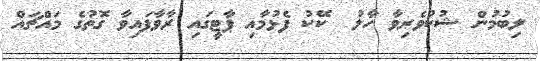
ލިބުމުން ޝުކުވެރިވާ ހާލު  ކޭކު ފެޅުމާއި ޕާޓީގައި ރާވާފައިވާ ގޮތުގެ މައްޗައް